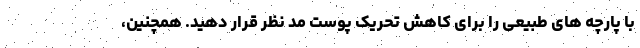
با پارچه های طبیعی را برای کاهش تحریک پوست مد نظر قرار دهید. همچنین،